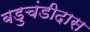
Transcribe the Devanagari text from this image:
बडुचंडीदास